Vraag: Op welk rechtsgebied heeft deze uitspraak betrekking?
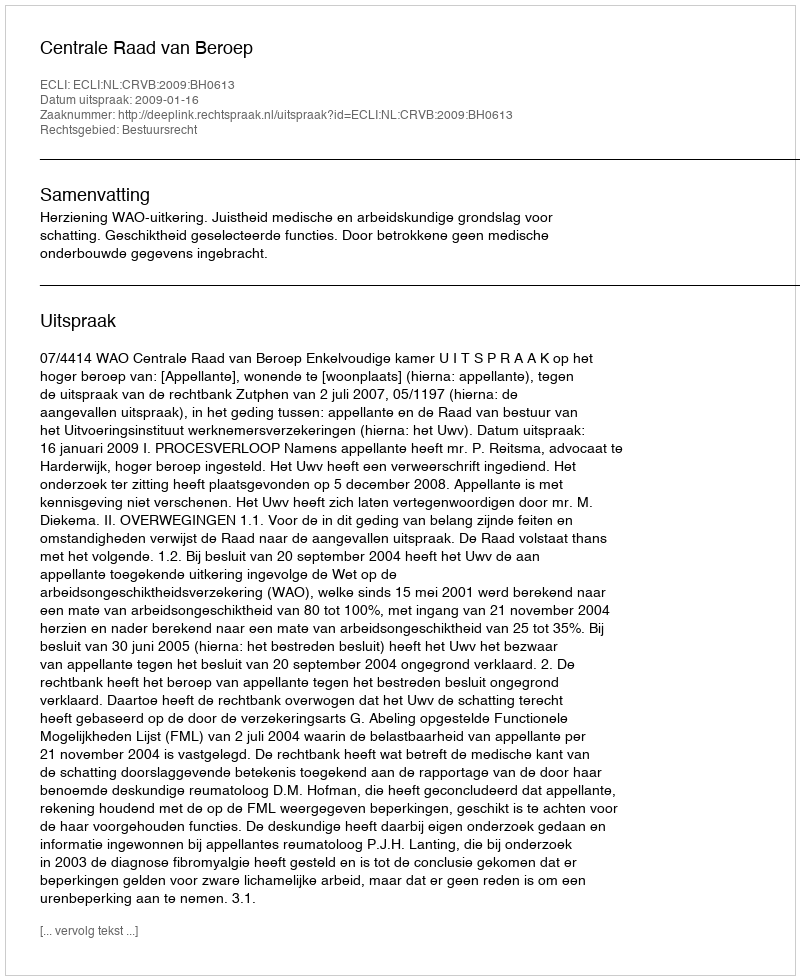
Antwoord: Bestuursrecht